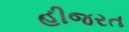
હીજરત